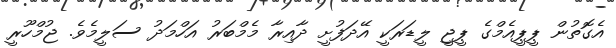
އެގޮތުން ޕީޕީއެމްގެ ޕީޖީ ލީޑަރަކީ އޭދަފުށީ ދާއިރާ މެމްބަރު އަހްމަދު ސަލީމެވެ. ޖުމްހޫރީ